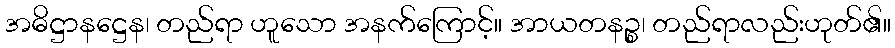
အဓိဋ္ဌာနဋ္ဌေန၊ တည်ရာ ဟူသော အနက်ကြောင့်။ အာယတနဉ္စ၊ တည်ရာလည်းဟုတ်၏။